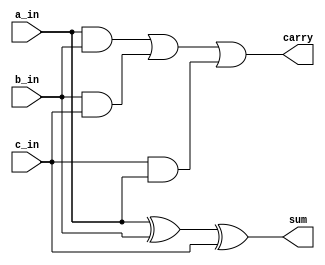
`timescale 1ns / 1ps
//////////////////////////////////////////////////////////////////////////////////
// Company: 
// Engineer: 
// 
// Design Name: 
// Module Name:    full_adder 
// Project Name: 
// Target Devices: 
// Tool versions: 
// Description: 
//
// Dependencies: 
//
// Revision: 
// Revision 0.01 - File Created
// Additional Comments: 
//
//////////////////////////////////////////////////////////////////////////////////
module full_adder(
    input a_in,
    input b_in, c_in,
    output sum,
    output carry
    );
	 
	 assign sum = a_in ^ b_in ^ c_in ;
	 assign carry = (a_in & b_in) | (b_in & c_in) | (c_in &a_in);

endmodule